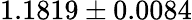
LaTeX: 1.1819\pm 0.0084